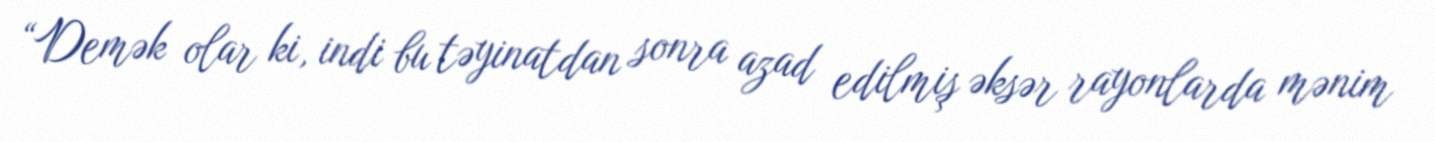
“Demək olar ki, indi bu təyinatdan sonra azad edilmiş əksər rayonlarda mənim